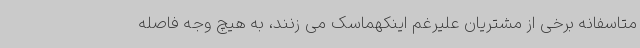
متاسفانه برخی از مشتریان علیرغم اینکهماسک می زنند، به هیچ وجه فاصله